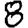
Digit: 8